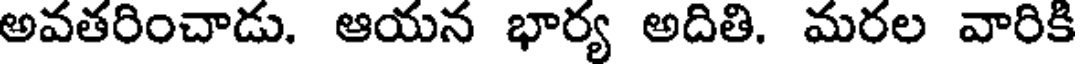
అవతరించాడు. ఆయన భార్య అదితి. మరల వారికి